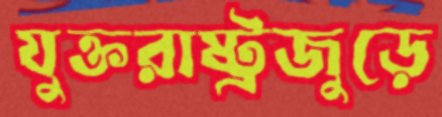
যুক্তরাষ্ট্রজুড়ে